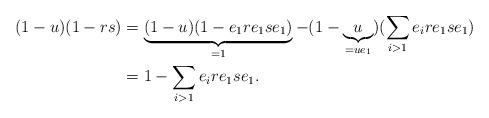
LaTeX: \begin{align*}(1-u)(1-rs) & = \underbrace{(1-u)(1- e_1 r e_1 s e_1)}_{=1} - (1-\underbrace{u}_{=ue_1})(\sum_{i>1} e_i r e_1 s e_1) \\ & = 1 - \sum_{i > 1} e_i r e_1 s e_1.\end{align*}